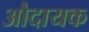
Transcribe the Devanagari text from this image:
औदायक